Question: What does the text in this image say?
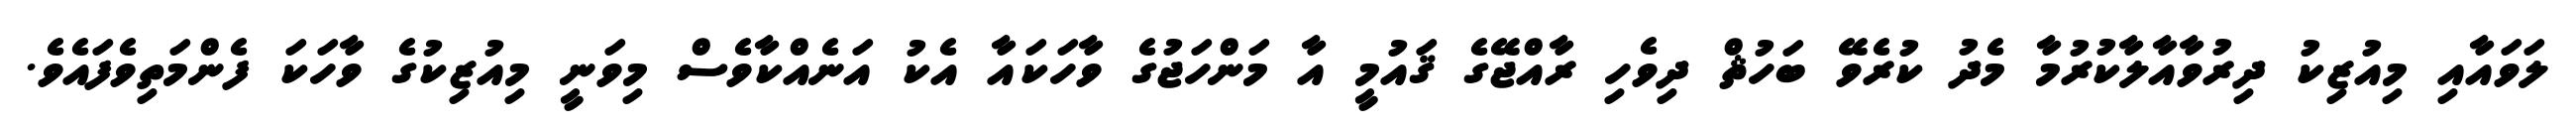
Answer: ލަވައާއި މިއުޒިކު ދިރުވާއާލާކުރުމާ މެދު ކުރެވޭ ބަހުޘް ދިވެހި ރާއްޖޭގެ ޤައުމީ އާ މަންހަޖުގެ ވާހަކައާ އެކު އަނެއްކާވެސް މިވަނީ މިއުޒިކުގެ ވާހަކަ ފެންމަތިވެފައެވެ.